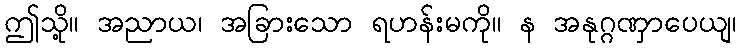
ဤသို့။ အညာယ၊ အခြားသော ရဟန်းမကို။ န အနုဂ္ဂဏှာပေယျ၊